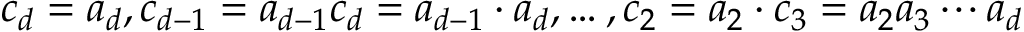
c _ { d } = a _ { d } , c _ { d - 1 } = a _ { d - 1 } c _ { d } = a _ { d - 1 } \cdot a _ { d } , \ldots , c _ { 2 } = a _ { 2 } \cdot c _ { 3 } = a _ { 2 } a _ { 3 } \cdots a _ { d }